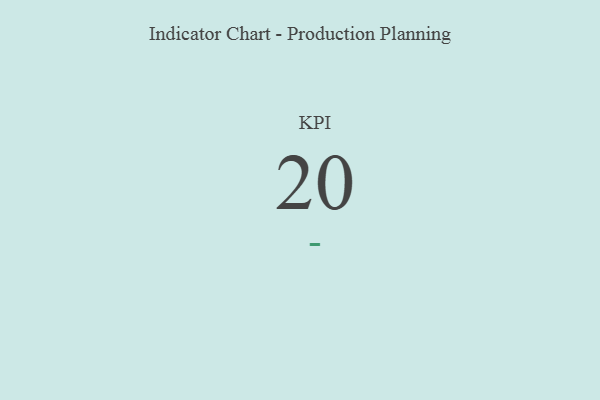
{"axis": {"x": "KPI", "y": "Value"}, "legend": [""], "data": [{"x": "KPI", "y": 20, "type": ""}]}